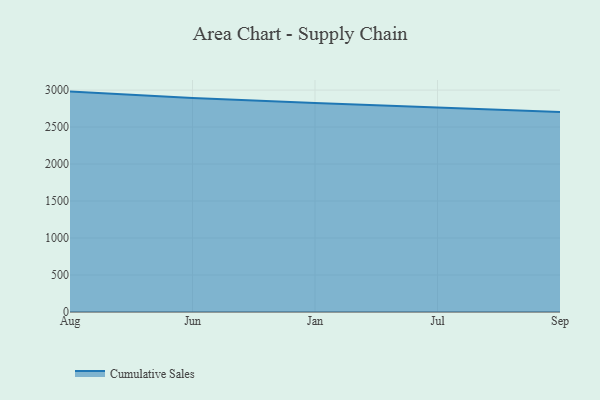
{"axis": {"x": "Month", "y": "Shipments"}, "legend": ["Cumulative Sales"], "data": [{"x": "Aug", "y": 2979.4, "type": "Cumulative Sales"}, {"x": "Jun", "y": 2894.4, "type": "Cumulative Sales"}, {"x": "Jan", "y": 2824.9, "type": "Cumulative Sales"}, {"x": "Jul", "y": 2762.8, "type": "Cumulative Sales"}, {"x": "Sep", "y": 2704.8, "type": "Cumulative Sales"}]}